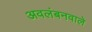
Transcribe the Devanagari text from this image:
अवलंबनवाले